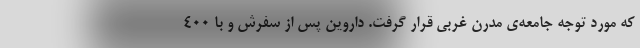
که مورد توجه جامعه‌ی مدرن غربی قرار گرفت. داروین پس از سفرش و با ۴۰۰